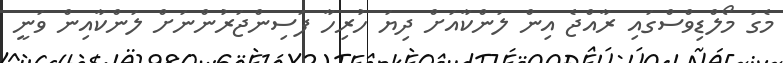
މެގަ މޯލްޑިވްސްގައި ރާއްޖެ އިން ލަންކާއަށް ދިޔަ ހުރިހާ ފަސިންޖަރުންނަށް ލަންކާއިން ވަނީ